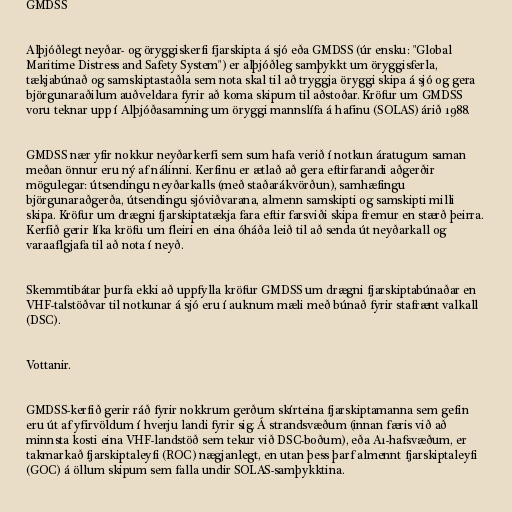
GMDSS

Alþjóðlegt neyðar- og öryggiskerfi fjarskipta á sjó eða GMDSS (úr ensku: "Global
Maritime Distress and Safety System") er alþjóðleg samþykkt um öryggisferla,
tækjabúnað og samskiptastaðla sem nota skal til að tryggja öryggi skipa á sjó og gera
björgunaraðilum auðveldara fyrir að koma skipum til aðstoðar. Kröfur um GMDSS
voru teknar upp í Alþjóðasamning um öryggi mannslífa á hafinu (SOLAS) árið 1988.

GMDSS nær yfir nokkur neyðarkerfi sem sum hafa verið í notkun áratugum saman
meðan önnur eru ný af nálinni. Kerfinu er ætlað að gera eftirfarandi aðgerðir
mögulegar: útsendingu neyðarkalls (með staðarákvörðun), samhæfingu
björgunaraðgerða, útsendingu sjóviðvarana, almenn samskipti og samskipti milli
skipa. Kröfur um drægni fjarskiptatækja fara eftir farsviði skipa fremur en stærð þeirra.
Kerfið gerir líka kröfu um fleiri en eina óháða leið til að senda út neyðarkall og
varaaflgjafa til að nota í neyð.

Skemmtibátar þurfa ekki að uppfylla kröfur GMDSS um drægni fjarskiptabúnaðar en
VHF-talstöðvar til notkunar á sjó eru í auknum mæli með búnað fyrir stafrænt valkall
(DSC).

Vottanir.

GMDSS-kerfið gerir ráð fyrir nokkrum gerðum skírteina fjarskiptamanna sem gefin
eru út af yfirvöldum í hverju landi fyrir sig. Á strandsvæðum (innan færis við að
minnsta kosti eina VHF-landstöð sem tekur við DSC-boðum), eða A1-hafsvæðum, er
takmarkað fjarskiptaleyfi (ROC) nægjanlegt, en utan þess þarf almennt fjarskiptaleyfi
(GOC) á öllum skipum sem falla undir SOLAS-samþykktina.